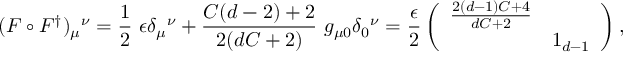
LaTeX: ( F \circ F ^ { \dag } ) _ { \mu } { } ^ { \nu } = \frac { 1 } { 2 } \ \epsilon \delta _ { \mu } { } ^ { \nu } + \frac { C ( d - 2 ) + 2 } { 2 ( d C + 2 ) } \ g _ { \mu 0 } \delta _ { 0 } { } ^ { \nu } = \frac { \epsilon } { 2 } \left( \begin{array} { l l } { { \frac { 2 ( d - 1 ) C + 4 } { d C + 2 } } } & { { } } \\ { { } } & { { 1 _ { d - 1 } } } \end{array} \right) ,